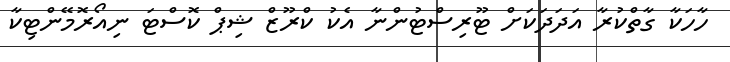
ހާހަކާ ގާތްކުރާ އަދަދަކަށް ޓޫރިސްޓުންނާ އެކު ކްރޫޒް ޝިޕް ކޮސްޓަ ނިއޯރޮމޭންޓިކާ